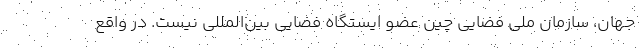
جهان، سازمان ملی فضایی چین عضو ایستگاه فضایی بین‌المللی نیست. در واقع